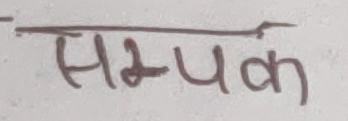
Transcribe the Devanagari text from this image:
सम्पर्क